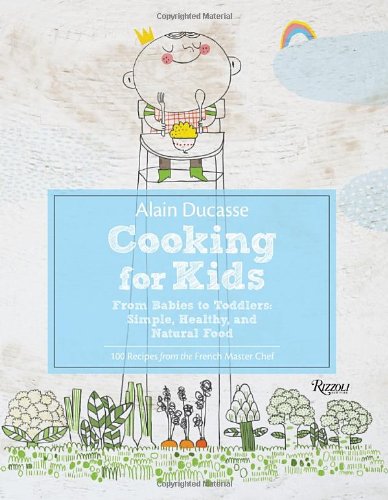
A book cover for Alain Ducasse Cooking for Kids: From Babies to Toddlers: Simple, Healthy, and Natural Food; Alain Ducasse; Cookbooks, Food & Wine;